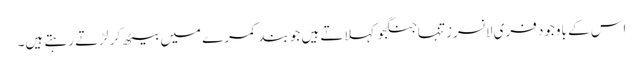
اس کے باوجود فری لانسرز تنہاجنگجو کہلاتے ہیں جو بند کمرے میں بیٹھ کر لڑتے رہتے ہیں۔